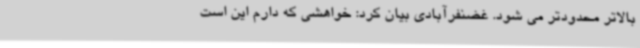
بالاتر محدودتر می شود. غضنفرآبادی بیان کرد: خواهشی که دارم این است